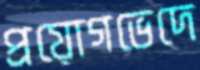
প্রয়োগভেদে